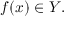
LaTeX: f ( x ) \in Y .